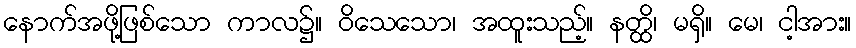
နောက်အဖို့ဖြစ်သော ကာလ၌။ ဝိသေသော၊ အထူးသည့်။ နတ္ထိ၊ မရှိ။ မေ၊ ငါ့အား။